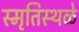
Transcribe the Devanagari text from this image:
स्मृतिस्थळे